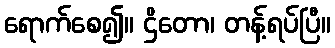
ရောက်စေ၍။ ဌိတော၊ တန့်ရပ်ပြီ။